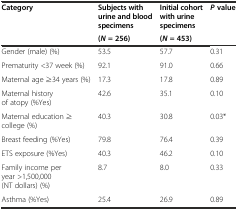
<table><thead><tr><td rowspan="2"><b>Category</b></td><td><b>Subjects with urine and blood specimens</b></td><td><b>Initial cohort with urine specimens</b></td><td rowspan="2"><b><i>P</i>value</b></td></tr><tr><td><b>(<i>N</i>= 256)</b></td><td><b>(<i>N</i>= 453)</b></td></tr></thead><tbody><tr><td>Gender (male) (%)</td><td>53.5</td><td>57.7</td><td>0.31</td></tr><tr><td>Prematurity &lt;37 week (%)</td><td>92.1</td><td>91.0</td><td>0.66</td></tr><tr><td>Maternal age ≥34 years (%)</td><td>17.3</td><td>17.8</td><td>0.89</td></tr><tr><td>Maternal history of atopy (%Yes)</td><td>42.6</td><td>35.1</td><td>0.10</td></tr><tr><td>Maternal education ≥ college (%)</td><td>40.3</td><td>30.8</td><td>0.03*</td></tr><tr><td>Breast feeding (%Yes)</td><td>79.8</td><td>76.4</td><td>0.39</td></tr><tr><td>ETS exposure (%Yes)</td><td>40.3</td><td>46.2</td><td>0.10</td></tr><tr><td>Family income per year &gt;1,500,000 (NT dollars) (%)</td><td>8.7</td><td>8.0</td><td>0.33</td></tr><tr><td>Asthma (%Yes)</td><td>25.4</td><td>26.9</td><td>0.89</td></tr></tbody></table>